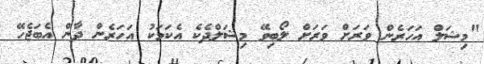
"މިޝަލް އަހަރެން ވަރަށް ވަރަށް ލޯބިވޭ މިޝަލްދެކެ އެކަމަކު އަހަރެން ދާން އެބަޖެހޭ